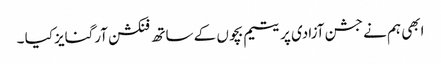
ابھی ہم نے جشن آزادی پر یتیم بچوں کے ساتھ فنکشن آرگنایز کیا ۔